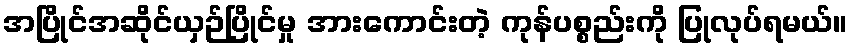
အပြိုင်အဆိုင်ယှဉ်ပြိုင်မှု အားကောင်းတဲ့ ကုန်ပစ္စည်းကို ပြုလုပ်ရမယ်။